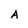
Character: A